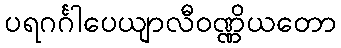
ပရဂင်္ဂါပေယျာလီဝဏ္ဏိယတော